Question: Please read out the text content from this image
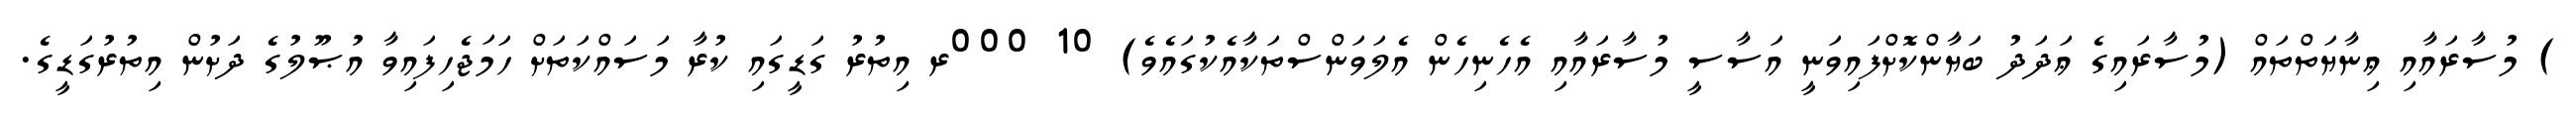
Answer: ) މުސާރައާއި ޢިނާޔަތްތައް (މުސާރައިގެ ޢަދަދު ބަޔާންކޮށްފައިވަނީ އަސާސީ މުސާރައާއި އެހެނިހެން އެލަވަންސްތަކާއެކުގައެވެ) 10 000ރ އިތުރު ގަޑީގައި ކުރާ މަސައްކަތަށް ހަމަޖެހިފައިވާ އުޞޫލުގެ ދަށުން އިތުރުގަޑީގެ.